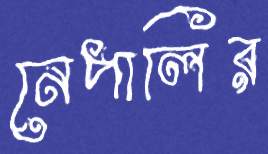
নেপালির